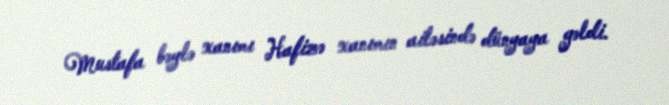
Mustafa bəylə xanımı Hafizə xanımın ailəsində dünyaya gəldi.